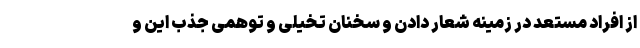
از افراد مستعد در زمینه شعار دادن و سخنان تخیلی و توهمی جذب این و